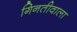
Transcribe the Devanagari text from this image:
गिनतीवाला